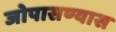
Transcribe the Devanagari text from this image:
जोपासण्यास